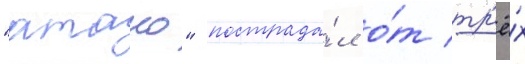
"атаго" пострада́л о́т тр'ё́х